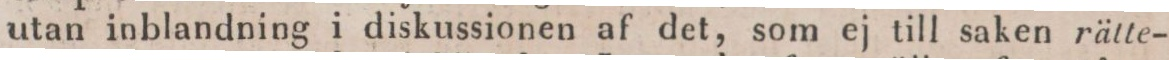
utan inblandning i diskussionen af det, som ej till saken rätte-